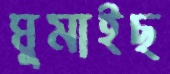
ঘুমাইছ